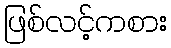
ဖြစ်လင့်ကစား